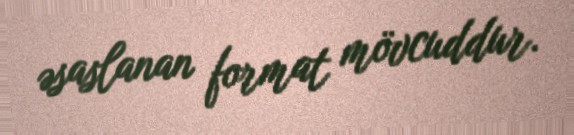
əsaslanan format mövcuddur.